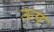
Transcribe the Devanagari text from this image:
ऊप